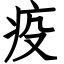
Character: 疫